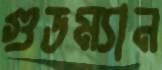
গুডম্যান